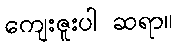
ကျေးဇူးပါ ဆရာ။